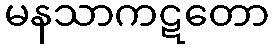
မနသာကဋတော